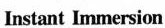
Instant Immersion